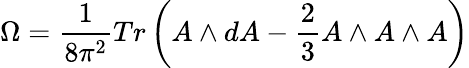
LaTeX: \Omega=\frac 1{8\pi^{2}}Tr\left(A\wedge dA-\frac 23A\wedge A\wedge A\right)